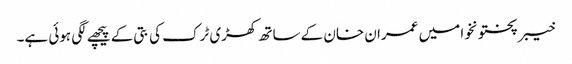
خیبر پختونخوا میں عمران خان کے ساتھ کھڑی ٹرک کی بتی کے پیچھے لگی ہوئی ہے۔